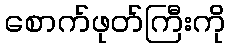
စောက်ဖုတ်ကြီးကို